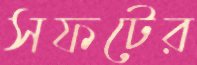
সফটের